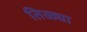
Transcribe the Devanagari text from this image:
तिळ्या